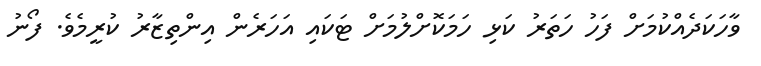
ވާހަކަދެއްކުމަށް ފަހު ހަތަރު ކަޅި ހަމަކޮށްލުމަށް ޓަކައި އަހަރެން އިންތިޒާރު ކުރީމެވެ. ފޯނު